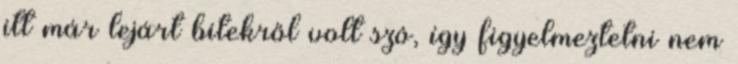
itt már lejárt bitekről volt szó, így figyelmeztetni nem